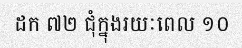
ដក ៧២ ជុំក្នុងរយៈពេល ១០